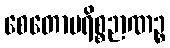
စေတောပရိစ္စဉာဏဉ္စ